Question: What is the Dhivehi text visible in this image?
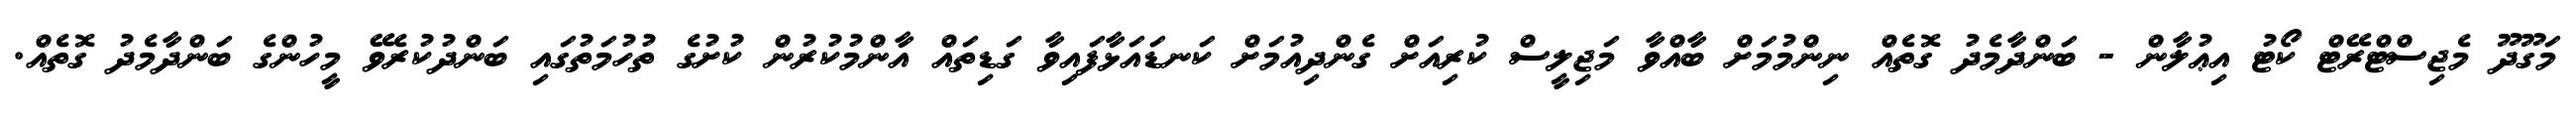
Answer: މަގޫދޫ މެޖިސްޓްރޭޓް ކޯޓު އިޢުލާން - ބަންދާމެދު ގޮތެއް ނިންމުމަށް ބާއްވާ މަޖިލީސް ކުރިއަށް ގެންދިއުމަށް ކަނޑައަޅާފައިވާ ގަޑިތައް އާންމުކުރުން ކުށުގެ ތުހުމަތުގައި ބަންދުކުރެވޭ މީހުންގެ ބަންދާމެދު ގޮތެއް.